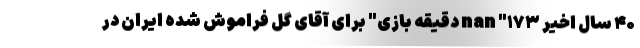
۴۰ سال اخیر nan "۱۷۳ دقیقه بازی" برای آقای گل فراموش شده ایران در